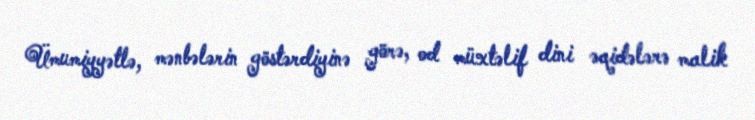
Ümumiyyətlə, mənbələrin göstərdiyinə görə, od müxtəlif dini əqidələrə malik